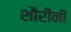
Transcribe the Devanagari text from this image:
शौरींनी